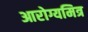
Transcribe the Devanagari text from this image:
आरोग्यमित्र